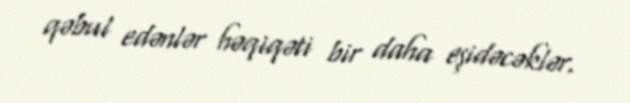
qəbul edənlər həqiqəti bir daha eşidəcəklər.